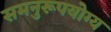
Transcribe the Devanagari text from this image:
समनुरूपयोग्य